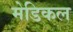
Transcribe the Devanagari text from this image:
मेडिकल